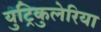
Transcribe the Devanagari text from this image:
युट्रिकुलेरिया